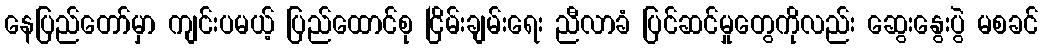
နေပြည်တော်မှာ ကျင်းပမယ့် ပြည်ထောင်စု ငြိမ်းချမ်းရေး ညီလာခံ ပြင်ဆင်မှုတွေကိုလည်း ဆွေးနွေးပွဲ မစခင်